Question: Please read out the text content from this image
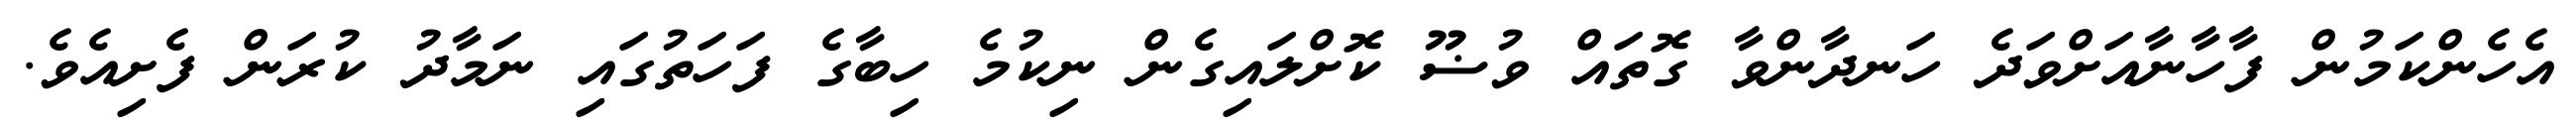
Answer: އެހެންކަމުން ފާހާނާއަށްވަދެ ހަނދާންވާ ގޮތައް ވުޟޫ ކޮށްލައިގެން ނިކުމެ ހިބާގެ ފަހަތުގައި ނަމާދު ކުރަން ފެށިއެވެ.